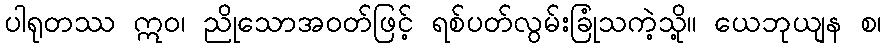
ပါရုတဿ ဣဝ၊ ညိုသောအဝတ်ဖြင့် ရစ်ပတ်လွမ်းခြုံသကဲ့သို့။ ယေဘုယျန စ၊